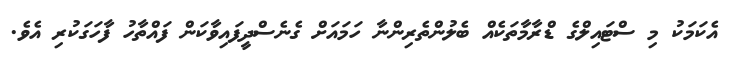
އެކަމަކު މި ސްޓައިލްގެ ޑްރާމާތަކެއް ބެލުންތެރިންނާ ހަމައަށް ގެނެސްދީފައިވާކަން ފައްތާހު ފާހަގަކުރި އެވެ.